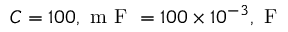
C = 1 0 0 , \mathrm { ~ m ~ F ~ } = 1 0 0 \times 1 0 ^ { - 3 } , \mathrm { ~ F ~ }